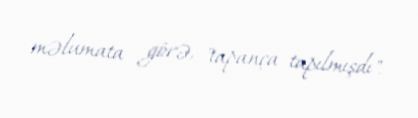
məlumata görə, "tapança tapılmışdı".